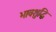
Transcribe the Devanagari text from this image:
भावशुद्धि